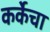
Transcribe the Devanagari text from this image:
कर्केचा